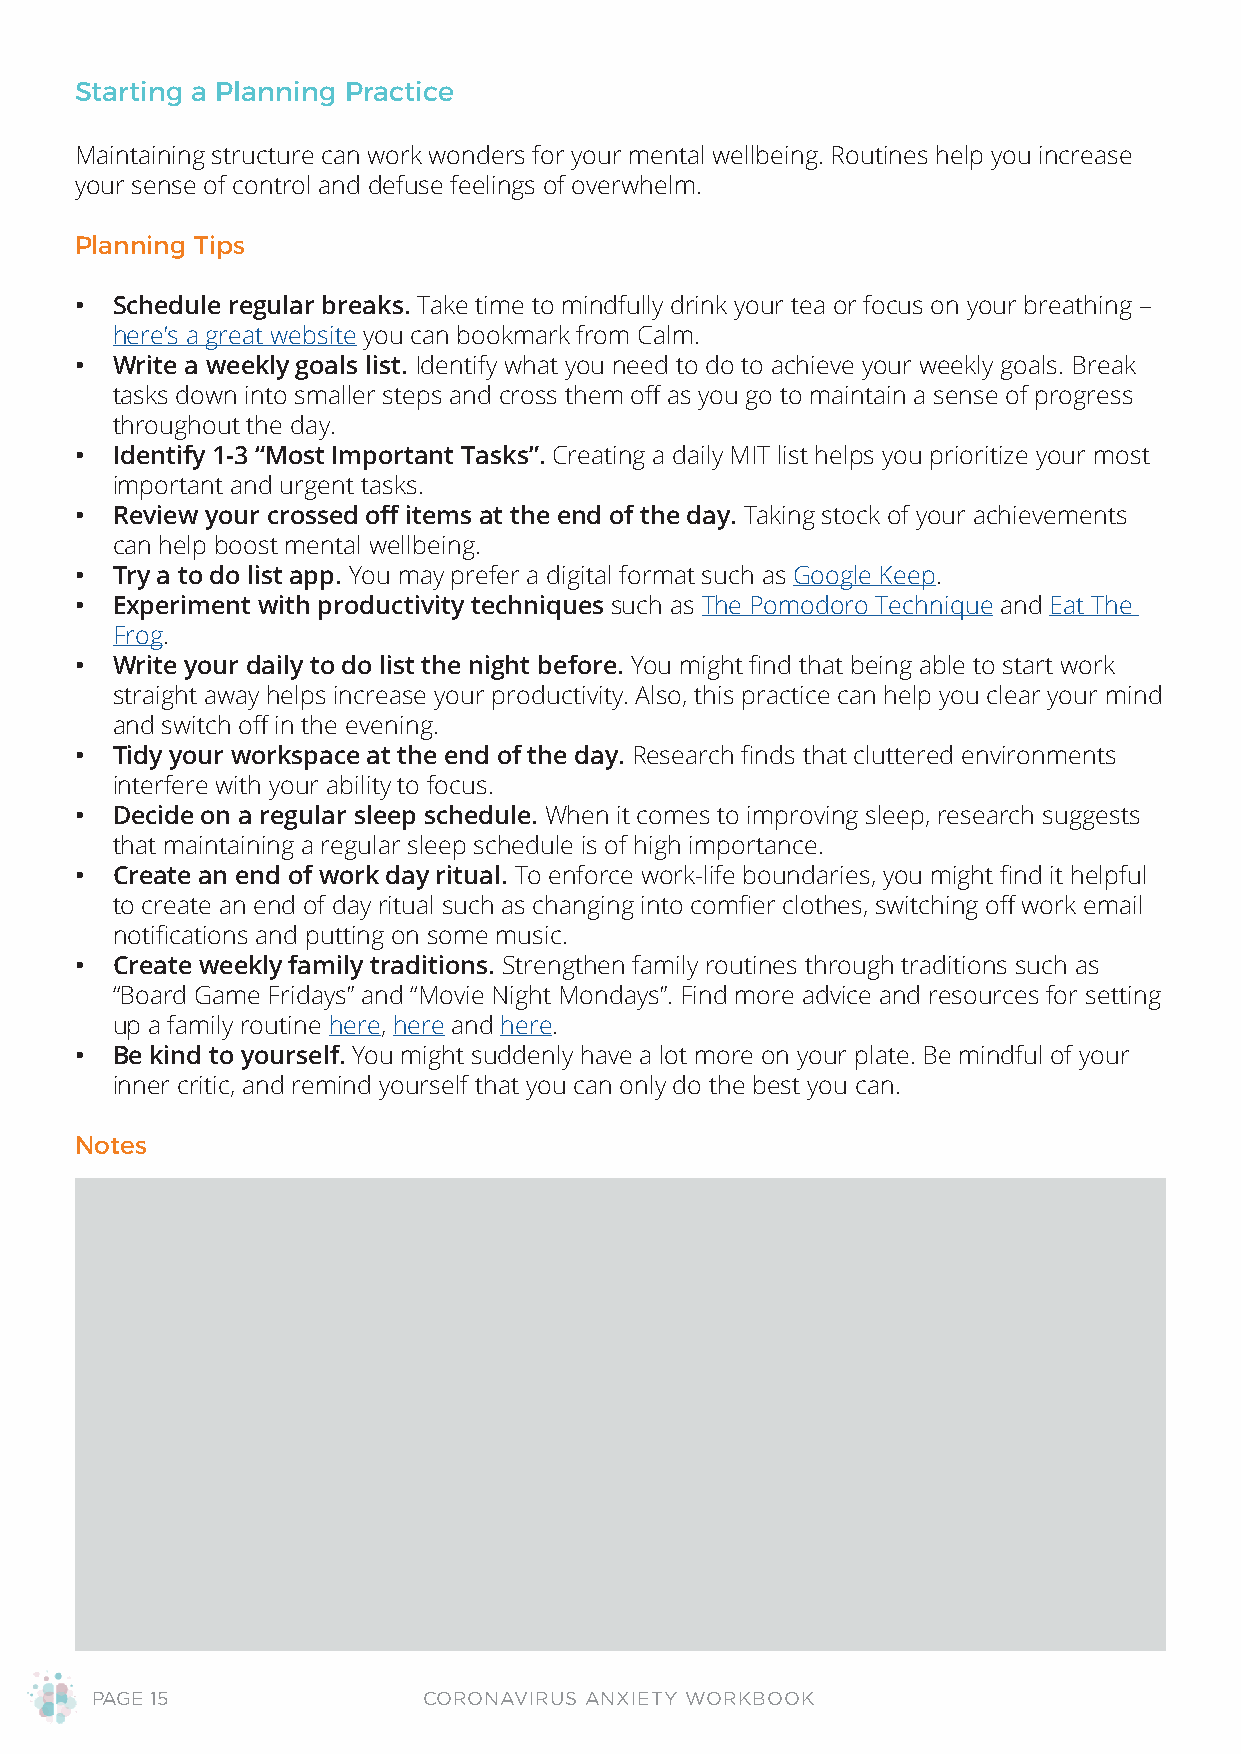
Starting a Planning Practice
 Maintaining structure can work wonders for your mental wellbeing. Routines help you increase
 your sense of control and defuse feelings of overwhelm.
 Planning Tips
 • Schedule regular breaks. Take time to mindfully drink your tea or focus on your breathing –
 here’s a great website you can bookmark from Calm.
 • Write a weekly goals list. Identify what you need to do to achieve your weekly goals. Break
 tasks down into smaller steps and cross them off as you go to maintain a sense of progress
 throughout the day.
 • Identify 1-3 “Most Important Tasks”. Creating a daily MIT list helps you prioritize your most
 important and urgent tasks.
 • Review your crossed off items at the end of the day. Taking stock of your achievements
 can help boost mental wellbeing.
 • Try a to do list app. You may prefer a digital format such as Google Keep.
 • Experiment with productivity techniques such as The Pomodoro Technique and Eat The
 Frog.
 • Write your daily to do list the night before. You might find that being able to start work
 straight away helps increase your productivity. Also, this practice can help you clear your mind
 and switch off in the evening.
 • Tidy your workspace at the end of the day. Research finds that cluttered environments
 interfere with your ability to focus.
 • Decide on a regular sleep schedule. When it comes to improving sleep, research suggests
 that maintaining a regular sleep schedule is of high importance.
 • Create an end of work day ritual. To enforce work-life boundaries, you might find it helpful
 to create an end of day ritual such as changing into comfier clothes, switching off work email
 notifications and putting on some music.
 • Create weekly family traditions. Strengthen family routines through traditions such as
 “Board Game Fridays” and “Movie Night Mondays”. Find more advice and resources for setting
 up a family routine here, here and here.
 • Be kind to yourself. You might suddenly have a lot more on your plate. Be mindful of your
 inner critic, and remind yourself that you can only do the best you can.
 Notes
 PAGE 15               CORONAVIRUS ANXIETY WORKBOOK